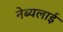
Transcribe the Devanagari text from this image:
नेब्यलाई